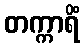
တက္ကာရိံ